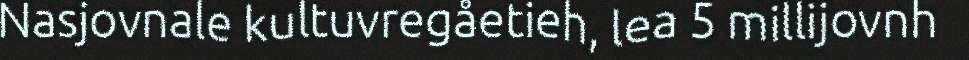
Nasjovnale kultuvregåetieh, lea 5 millijovnh